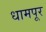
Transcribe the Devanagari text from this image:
धामपूर